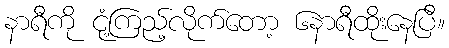
နာရီကို ငုံ့ကြည့်လိုက်တော့ ၆နာရီထိုးနေပြီ။